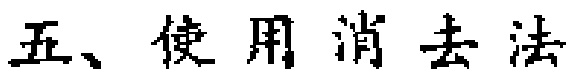
五、使用消去法